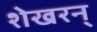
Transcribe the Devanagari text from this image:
शेखरन्